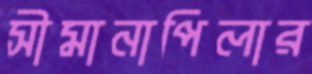
সীমানাপিলার